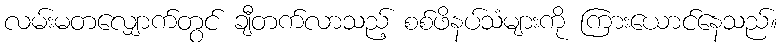
လမ်းမတလျှောက်တွင် ချီတက်လာသည့် စစ်ဖိနပ်သံများကို ကြားယောင်နေသည်။